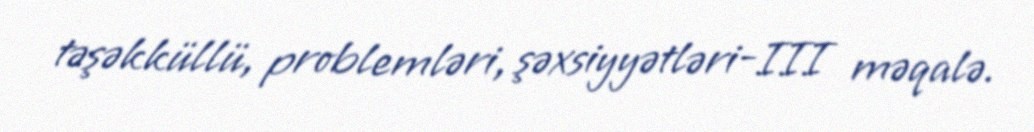
təşəkküllü, problemləri, şəxsiyyətləri-III məqalə.